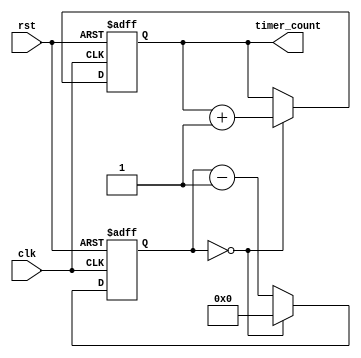
module rtc_timer (
    input wire clk,                        // input clock signal
    input wire rst,                        // input reset signal
    output reg [31:0] timer_count          // output timer count value
);

reg [5:0] prescaler = 6'd32;               // prescaler value for generating pulses at specific intervals
reg [4:0] sync_counter = 5'd0;             // synchronization counter for ensuring all components are synchronized
reg [31:0] reference_clock = 32'd1000000;  // reference clock frequency for synchronization

always @(posedge clk or posedge rst) begin
    if (rst) begin
        timer_count <= 32'd0;
        sync_counter <= 5'd0;
    end else begin
        if (sync_counter == 32'd0) begin
            timer_count <= timer_count + 32'd1;
            sync_counter <= prescaler;
        end else begin
            sync_counter <= sync_counter - 1;
        end
    end
end

endmodule